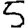
Digit: 5